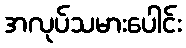
အလုပ်သမားပေါင်း